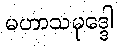
မဟာသမုဒ္ဒေါ